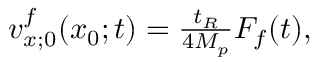
\begin{array} { r } { v _ { x ; 0 } ^ { f } ( x _ { 0 } ; t ) = \frac { t _ { R } } { 4 M _ { p } } F _ { f } ( t ) , } \end{array}